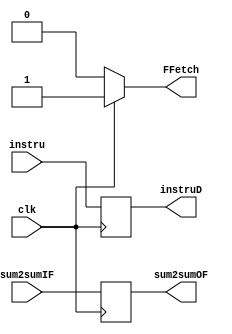
`timescale 1ns / 1ps
//////////////////////////////////////////////////////////////////////////////////
// Company: 
// Engineer: 
// 
// Design Name: 
// Module Name: Fetch
// Project Name: 
// Target Devices: 
// Tool Versions: 
// Description: 
// 
// Dependencies: 
// 
// Revision:
// Revision 0.01 - File Created
// Additional Comments:
// 
//////////////////////////////////////////////////////////////////////////////////


module Fetch(clk,instru,instruD,sum2sumIF,sum2sumOF,FFetch);
       
       input clk;
       input [31:0] instru; 
       input [31:0] sum2sumIF;
       output reg [31:0] instruD;
       output reg [31:0] sum2sumOF;
       output wire FFetch;
  

assign FFetch = clk? 1'b1:1'b0; 

always @(posedge clk)
begin
    
    instruD   = instru;
    sum2sumOF = sum2sumIF;   
    
end
       
        
endmodule